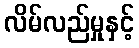
လိမ်လည်မှုနှင့်